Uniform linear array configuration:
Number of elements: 12
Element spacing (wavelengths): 0.75
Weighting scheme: binomial
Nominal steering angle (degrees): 0
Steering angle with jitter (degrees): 0.5129
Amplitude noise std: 0.05
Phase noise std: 0.05

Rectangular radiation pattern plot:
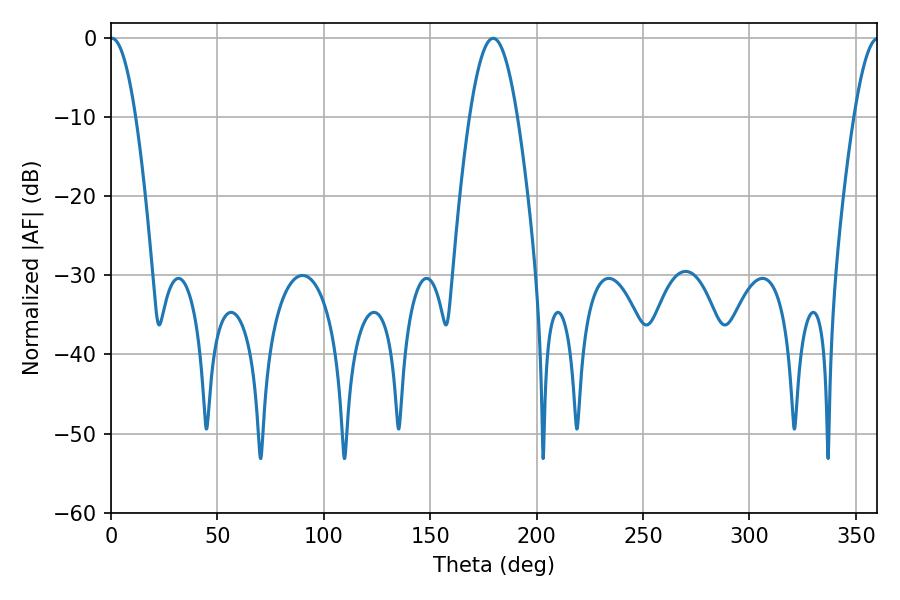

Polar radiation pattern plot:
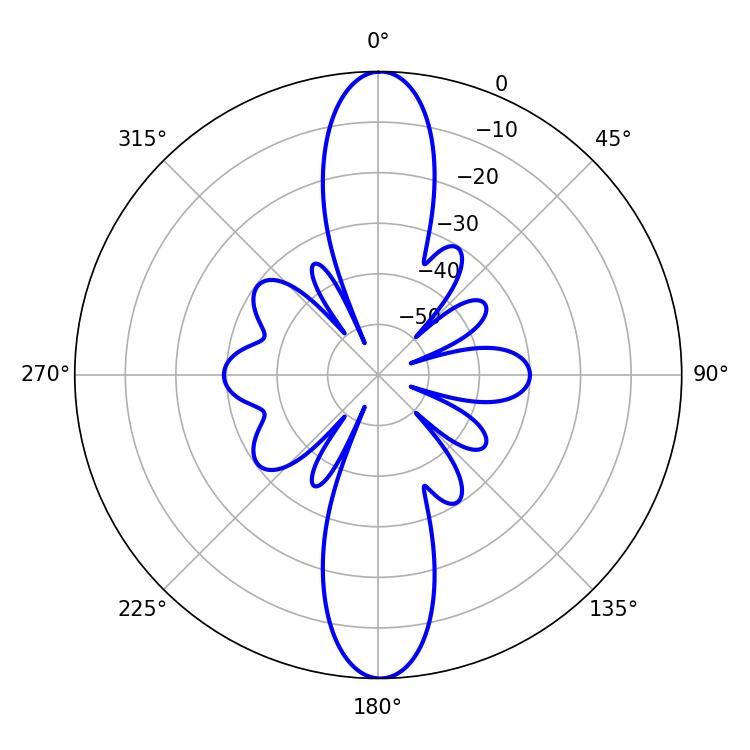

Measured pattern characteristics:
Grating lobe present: TRUE
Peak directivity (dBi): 29.056
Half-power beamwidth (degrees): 6.48
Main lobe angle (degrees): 0.36